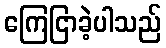
ကြေငြာခဲ့ပါသည်